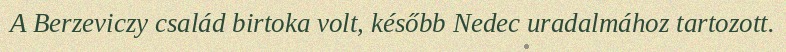
A Berzeviczy család birtoka volt, később Nedec uradalmához tartozott.